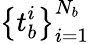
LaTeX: \left\{ t_{b}^{i}\right\} _{i=1}^{N_{b}}